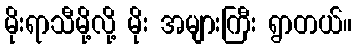
မိုးရာသီမို့လို့ မိုး အများကြီး ရွာတယ်။